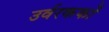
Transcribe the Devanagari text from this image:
उर्वरककों